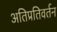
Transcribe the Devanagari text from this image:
अतिप्रतिवर्तन